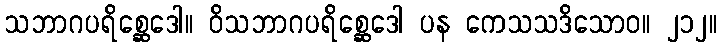
သဘာဂပရိစ္ဆေဒေါ။ ဝိသဘာဂပရိစ္ဆေဒေါ ပန ကေသသဒိသောဝ။ ၂၁၂။